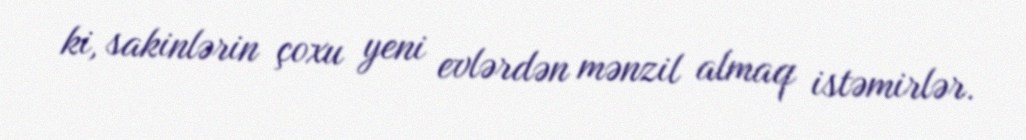
ki, sakinlərin çoxu yeni evlərdən mənzil almaq istəmirlər.